Report of the Municipal Commissioner on the plague in Bombay for the year ending 31st May... - Volume 2
Disease focus: Plague
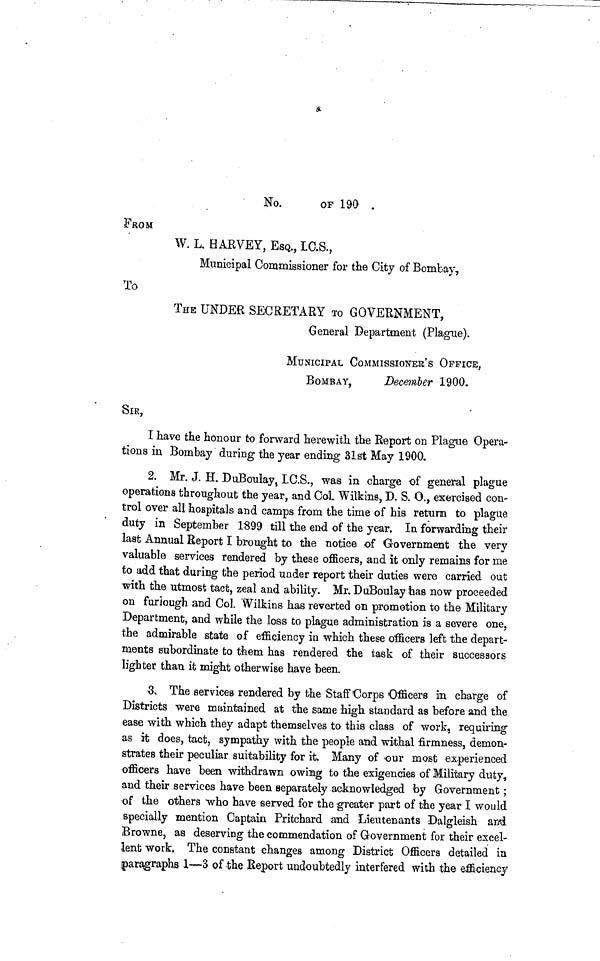
No.
OF 190 .
FROM
W. L, HARVEY, ESQ., I.C.S.,
Municipal Commissioner for the City of Bombay,
To
THE UNDER SECRETARY TO GOVERNMENT,
General Department (Plague),
MUNICIPAL COMMISSIONER'S OFFICE,
BOMBAY,
December 1900,
SIR,
I have the honour to forward herewith the Report on Plague Opera-
tions in Bombay during the year ending 31st May 1900,
2. Mr. J. H. DuBoulay, I.C.S., was in charge of general plague
operations throughout the year, and Col. Wilkins, D. S. O., exercised con-
trol over all hospitals and camps from the time of his return to plague
duty in September 1899 till the end of the year. In forwarding their
last Annual Report I brought to the notice of Government the very
valuable services rendered by these officers, and it only remains for me
to add that during the period under report their duties were carried out
with the utmost tact, zeal and ability. Mr, DuBoulay has now proceeded
on furlough and Col. Wilkins has reverted on promotion to the Military
Department, and while the loss to plague administration is a severe one,
the admirable state of efficiency in which these officers left the depart-
ments subordinate to them has rendered the task of their successors
lighter than it might otherwise have been.
3, The services rendered by the Staff Corps Officers in charge of
Districts were maintained at the same high standard as before and the
ease with which they adapt themselves to this class of work, requiring
as it does, tact, sympathy with the people and withal firmness, demon-
strates their peculiar suitability for it. Many of -our most experienced
officers have been withdrawn owing to the exigencies of Military duty,
and then· services have been separately acknowledged by Government;
of the others who have served for the greater part of the year I would
specially mention Captain Pritchard and Lieutenants Dalgleish ana
Browne, as deserving the commendation of Government for their excel-
lent work. The constant changes among District Officers detailed in
paragraphs 1—3 of the Report undoubtedly interfered with the efficiency